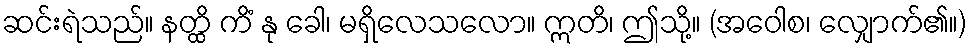
ဆင်းရဲသည်။ နတ္ထိ ကိံ နု ခေါ၊ မရှိလေသလော။ ဣတိ၊ ဤသို့။ (အဝေါစ၊ လျှောက်၏။)